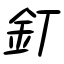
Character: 釘